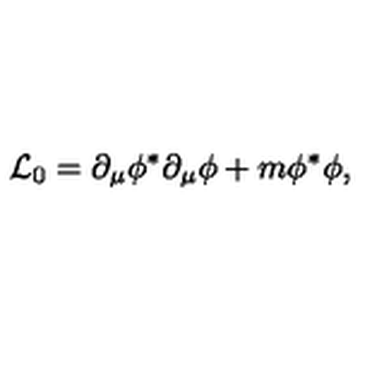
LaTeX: { \cal L } _ { 0 } = \partial _ { \mu } \phi ^ { \ast } \partial _ { \mu } \phi + m \phi ^ { \ast } \phi ,